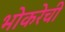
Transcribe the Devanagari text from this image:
भोकरेची